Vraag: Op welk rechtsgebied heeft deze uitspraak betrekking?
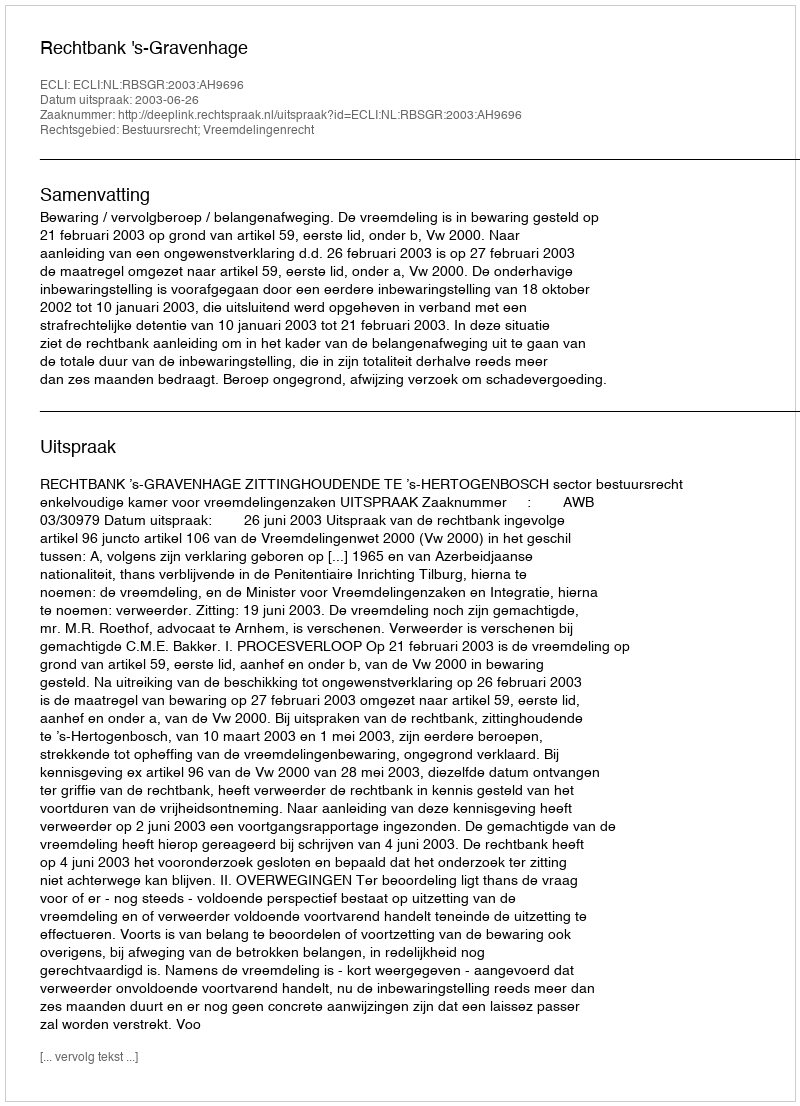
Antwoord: Bestuursrecht; Vreemdelingenrecht